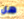
هل